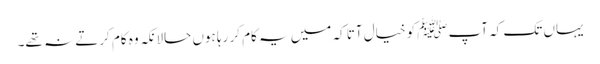
یہاں تک کہ آپﷺ کو خیال آتا کہ میں یہ کام کر رہا ہوں حالانکہ وہ کام کرتے نہ تھے۔